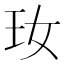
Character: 𤣷